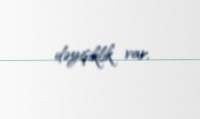
dəyişiklik var.